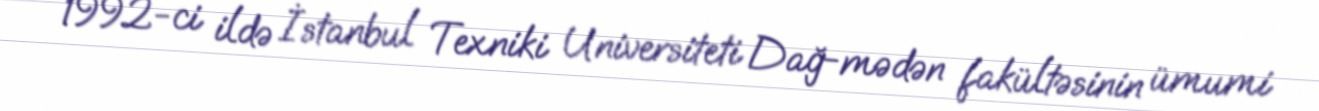
1992-ci ildə İstanbul Texniki Universiteti Dağ-mədən fakültəsinin ümumi